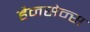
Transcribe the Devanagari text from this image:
हैनसेन्स